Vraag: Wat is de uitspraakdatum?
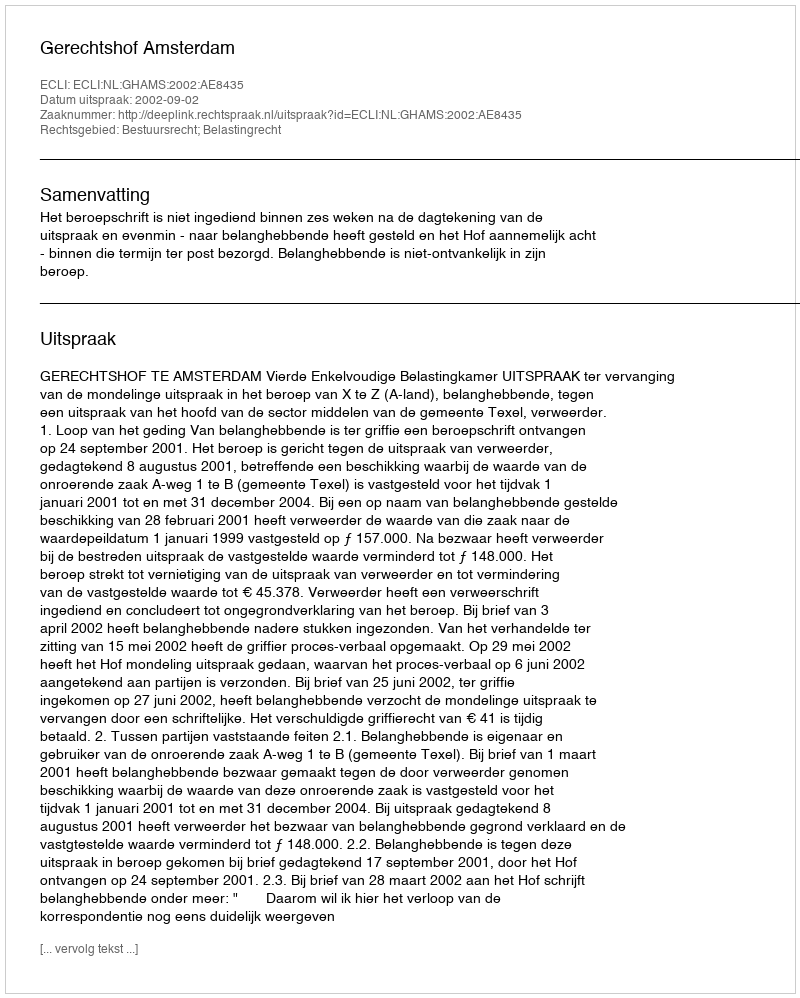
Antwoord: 2002-09-02